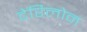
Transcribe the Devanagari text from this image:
टेरिलोन